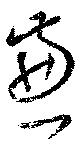
兼